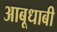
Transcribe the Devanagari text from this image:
आबूधाबी